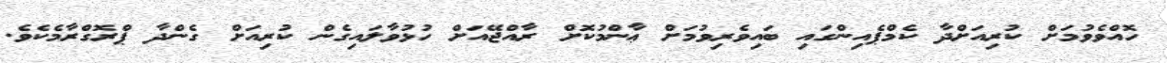
ހޮއްވެވުމަށް ކުރިއަށްދާ ކެމްޕެއިންގައި ބައިވެރިވުމަށް ޢާންމުކޮށް ރާއްޖޭއަށް ހުޅުވާލައިގެން ކުރިއަށް ގެންދާ ޕްރޮގްރާމެކެވެ.